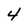
Character: 4